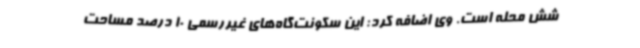
شش محله است. وی اضافه کرد: این سکونت‌گاه‌های غیررسمی 10 درصد مساحت